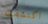
اكتشفت